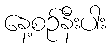
နေ့စဉ်နီးပါး